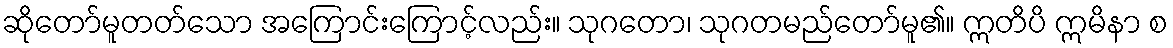
ဆိုတော်မူတတ်သော အကြောင်းကြောင့်လည်း။ သုဂတော၊ သုဂတမည်တော်မူ၏။ ဣတိပိ ဣမိနာ စ